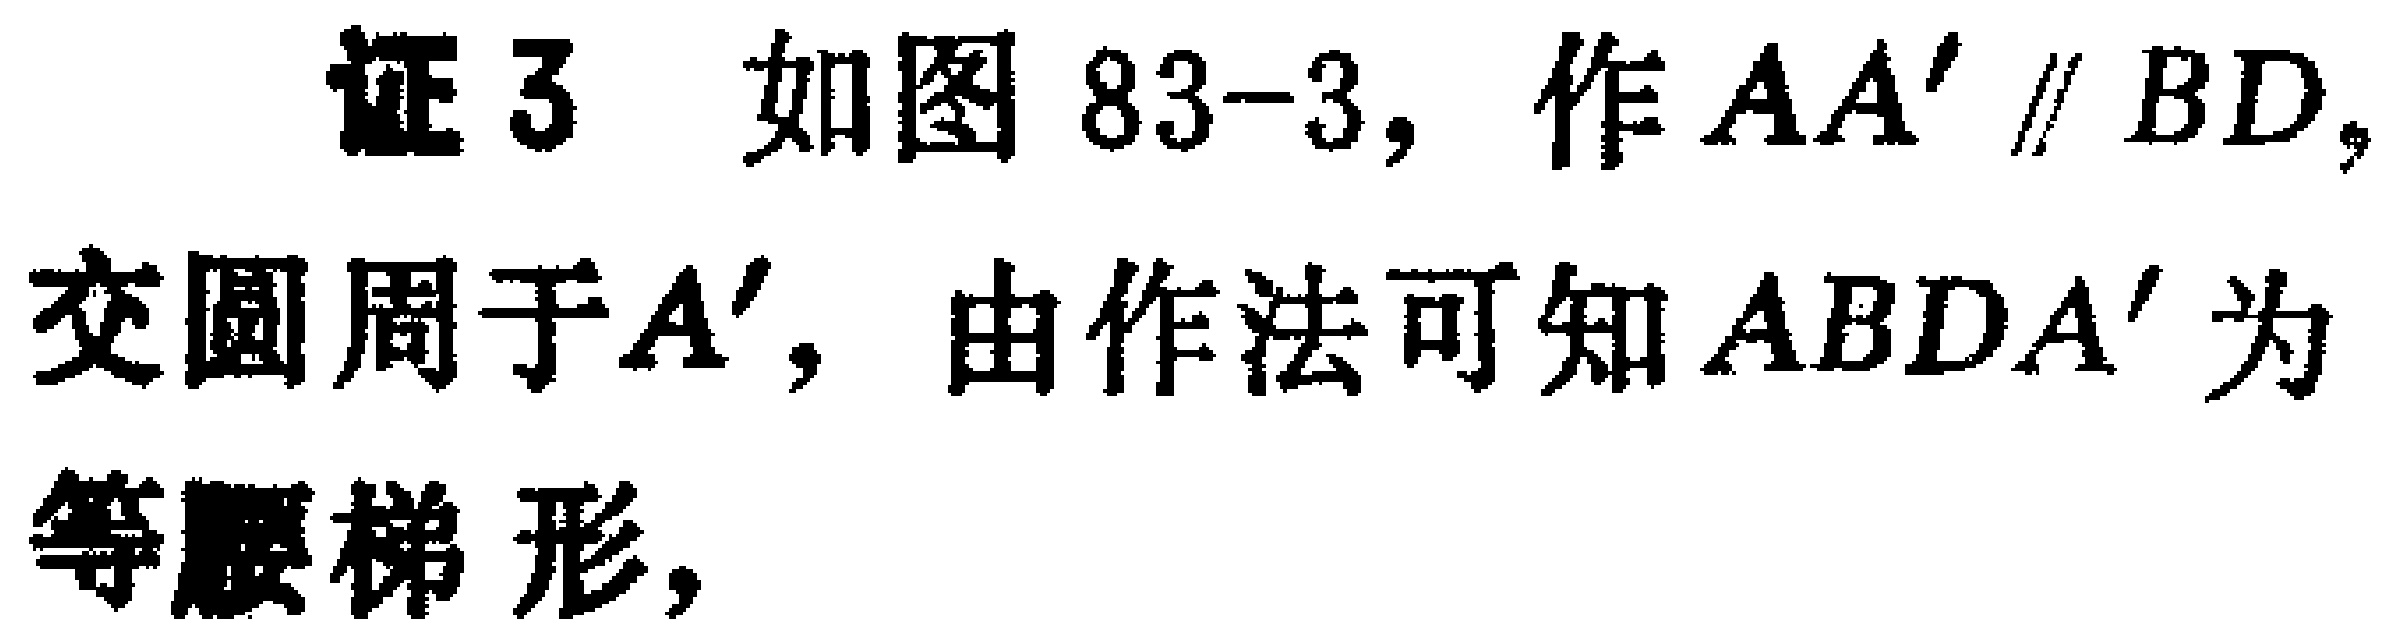
证3 如图83-3，作 \(AA'\parallel BD\)，交圆周于 \(A'\)，由作法可知 \(ABDA'\) 为等腰梯形，